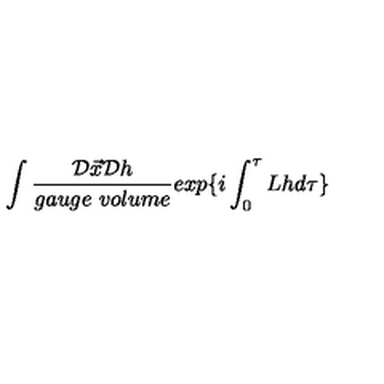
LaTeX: \int \frac { { \cal D } \vec { x } { \cal D } h } { g a u g e \ v o l u m e } e x p \{ i \int _ { 0 } ^ { \tau } L h d \tau \}